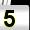
Digit: 5